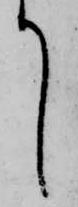
て